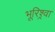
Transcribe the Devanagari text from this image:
भूरिश्र्वा